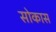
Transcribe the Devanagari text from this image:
सोकास